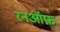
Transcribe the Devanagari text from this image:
रनऑफ़